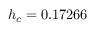
h _ { c } = 0 . 1 7 2 6 6